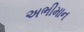
અભીમાન